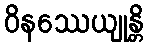
ဝိနဿေယျုန္တိ